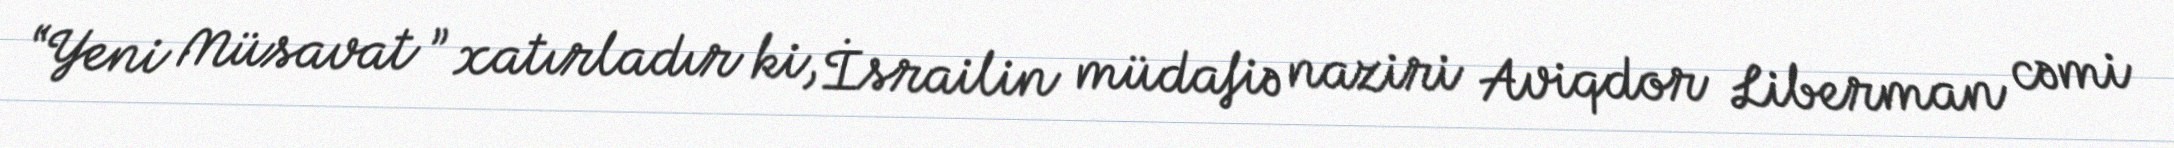
“Yeni Müsavat ” xatırladır ki, İsrailin müdafiə naziri Aviqdor Liberman cəmi